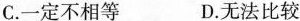
C.一定不相等 D.无法比较